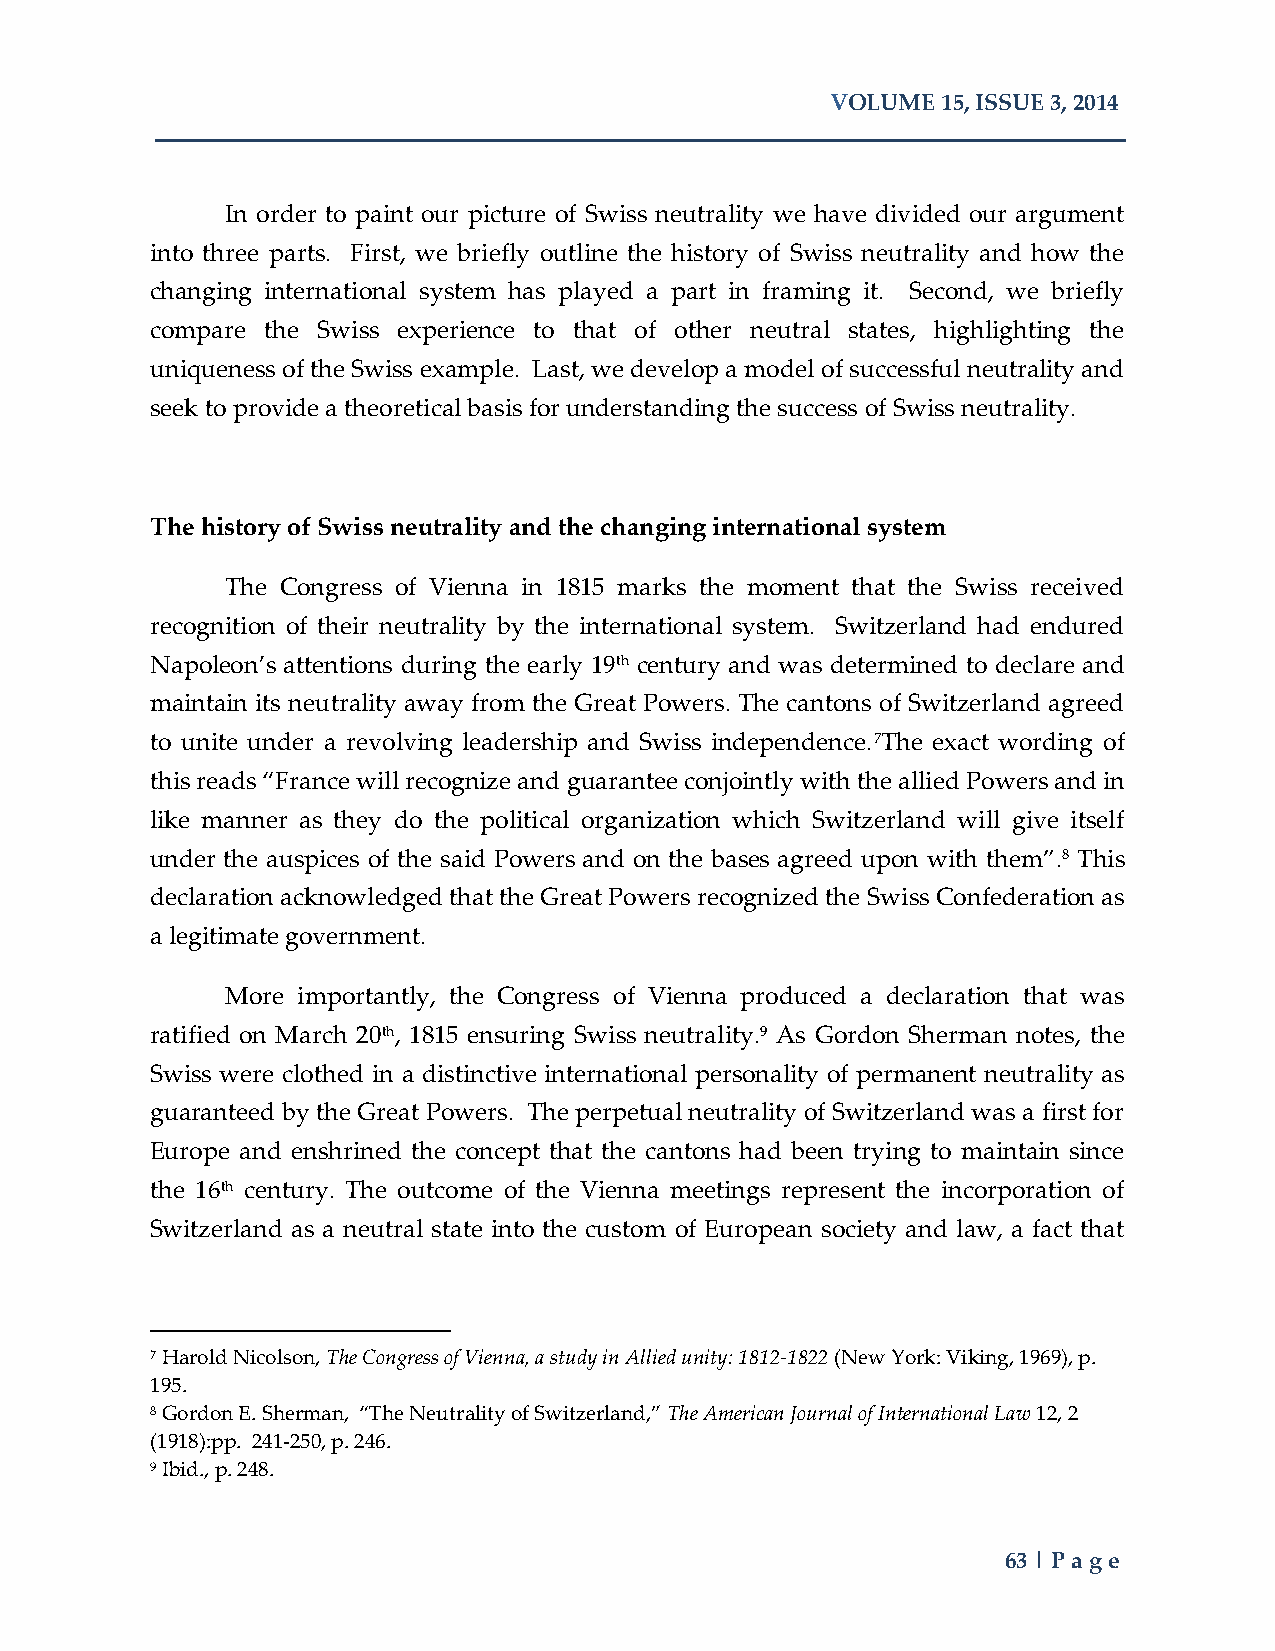
VOLUME 15, ISSUE 3, 2014
 In order to paint our picture of Swiss neutrality we have divided our argument
 into three parts. First, we briefly outline the history of Swiss neutrality and how the
 changing international system has played a part in framing it. Second, we briefly
 compare the Swiss experience to that of other neutral states, highlighting the
 uniqueness of the Swiss example. Last, we develop a model of successful neutrality and
 seek to provide a theoretical basis for understanding the success of Swiss neutrality.
 The history of Swiss neutrality and the changing international system
 The Congress of Vienna in 1815 marks the moment that the Swiss received
 recognition of their neutrality by the international system. Switzerland had endured
 Napoleon’s attentions during the early 19th century and was determined to declare and
 maintain its neutrality away from the Great Powers. The cantons of Switzerland agreed
 to unite under a revolving leadership and Swiss independence.7The exact wording of
 this reads “France will recognize and guarantee conjointly with the allied Powers and in
 like manner as they do the political organization which Switzerland will give itself
 under the auspices of the said Powers and on the bases agreed upon with them”.8 This
 declaration acknowledged that the Great Powers recognized the Swiss Confederation as
 a legitimate government.
 More importantly, the Congress of Vienna produced a declaration that was
 ratified on March 20th, 1815 ensuring Swiss neutrality.9 As Gordon Sherman notes, the
 Swiss were clothed in a distinctive international personality of permanent neutrality as
 guaranteed by the Great Powers. The perpetual neutrality of Switzerland was a first for
 Europe and enshrined the concept that the cantons had been trying to maintain since
 the 16th century. The outcome of the Vienna meetings represent the incorporation of
 Switzerland as a neutral state into the custom of European society and law, a fact that
 7 Harold Nicolson, The Congress of Vienna, a study in Allied unity: 1812-1822 (New York: Viking, 1969), p.
 195.
 8 Gordon E. Sherman, “The Neutrality of Switzerland,” The American Journal of International Law 12, 2
 (1918):pp. 241-250, p. 246.
 9 Ibid., p. 248.
 63 | Page